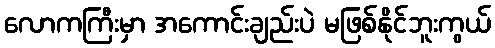
လောကကြီးမှာ အကောင်းချည်းပဲ မဖြစ်နိုင်ဘူးကွယ်